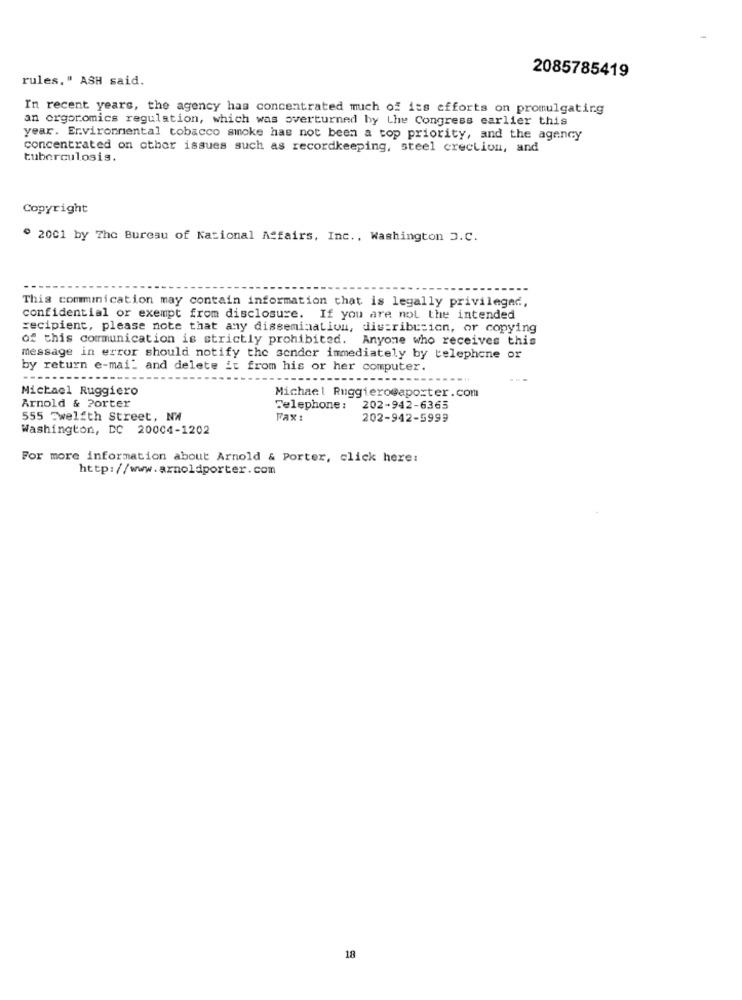
2085785419
rules." ASH said.
In recent years, the agency has concentrated much of its efforts on promulgating
an orgoromics regulation, which was overturned by the Congress earlier this
year. Environmental tobacco smoke has not been a top priority, and the agency
concentrated on other issues such as recordkeeping, steel crection, and
tuberculosis.
Copyright
º 2001 by The Bureau of National Affairs, Inc ., Washington D.C.
This communication may contain information that is legally privileged,
confidential or exempt from disclosure. If you are not the intended
recipient, please note that any dissemination, distribution, or copying
of this communication is strictly prohibited. Anyone who receives this
message in error should notify the sender immediately by telephone or
by return e-mail and delete it from his or her computer.
Michael Ruggiero
Michael Ruggiero@aporter.com
Arnold & Porter
Telephone: 202-942-6365
555 Twelfth Street, NW
Fax :
202-942-5999
Washington, DC 20004-1202
For more information about Arnold & Porter, click here:
http://www.arnoldporter.com
18